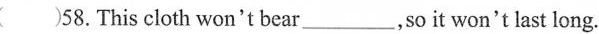
（）58.This cloth won＇t bear___，so it won＇t last long.